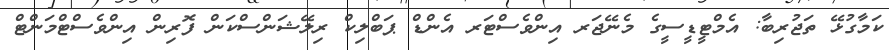
ކަމާގުޅޭ ތަޖުރިބާ: އެމްޓީޑީސީގެ މެނޭޖަރ އިންވެސްޓަރ އެންޑް ޕަބްލިކް ރިލޭޝަންސްކަން ފޮރިން އިންވެސްޓްމަންޓް